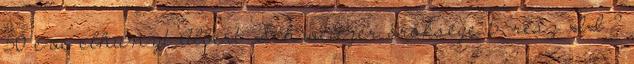
50 éve elhunyt Albert Schweitzer öröksége 5. rész II.2